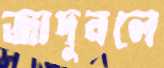
জাদুবলে